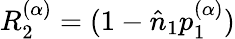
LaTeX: R_{2}^{(\alpha)}=(1-\hat{n}_{1}p_{1}^{(\alpha)})